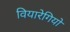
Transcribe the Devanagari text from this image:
वियारेगियो